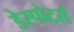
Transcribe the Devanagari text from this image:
डेस्पोर्ट्स